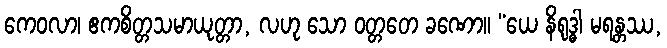
ကေဝလာ၊ ဧကစိတ္တသမာယုတ္တာ, လဟု သော ဝတ္တတေ ခဏော။ “ယေ နိရုဒ္ဓါ မရန္တဿ,